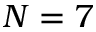
N = 7